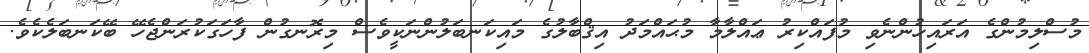
މުސްލިމުންގެ އަރައިހުންނެވި މުފައްކިރު ޢައްލާމާ މުޙައްމަދު އިޤްބާލުގެ މައިކަނބަލުންނަކީވެސް މިރޮނގުން ފާހަގަކުރަންޖެހޭ ބޭކަނބަލެކެވެ.